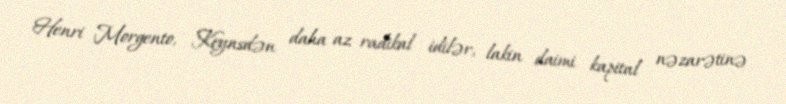
Henri Morgento, Keynsdən daha az radikal idilər, lakin daimi kapital nəzarətinə